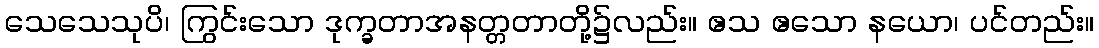
သေသေသုပိ၊ ကြွင်းသော ဒုက္ခတာအနတ္တတာတို့၌လည်း။ ဧသ ဧသော နယော၊ ပင်တည်း။